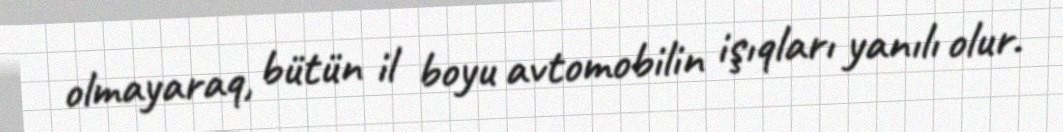
olmayaraq, bütün il boyu avtomobilin işıqları yanılı olur.